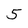
Character: 5